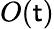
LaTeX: O(\mathsf{t})